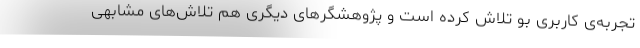
تجربه‌ی کاربری بو تلاش کرده است و پژوهشگرهای دیگری هم تلاش‌های مشابهی